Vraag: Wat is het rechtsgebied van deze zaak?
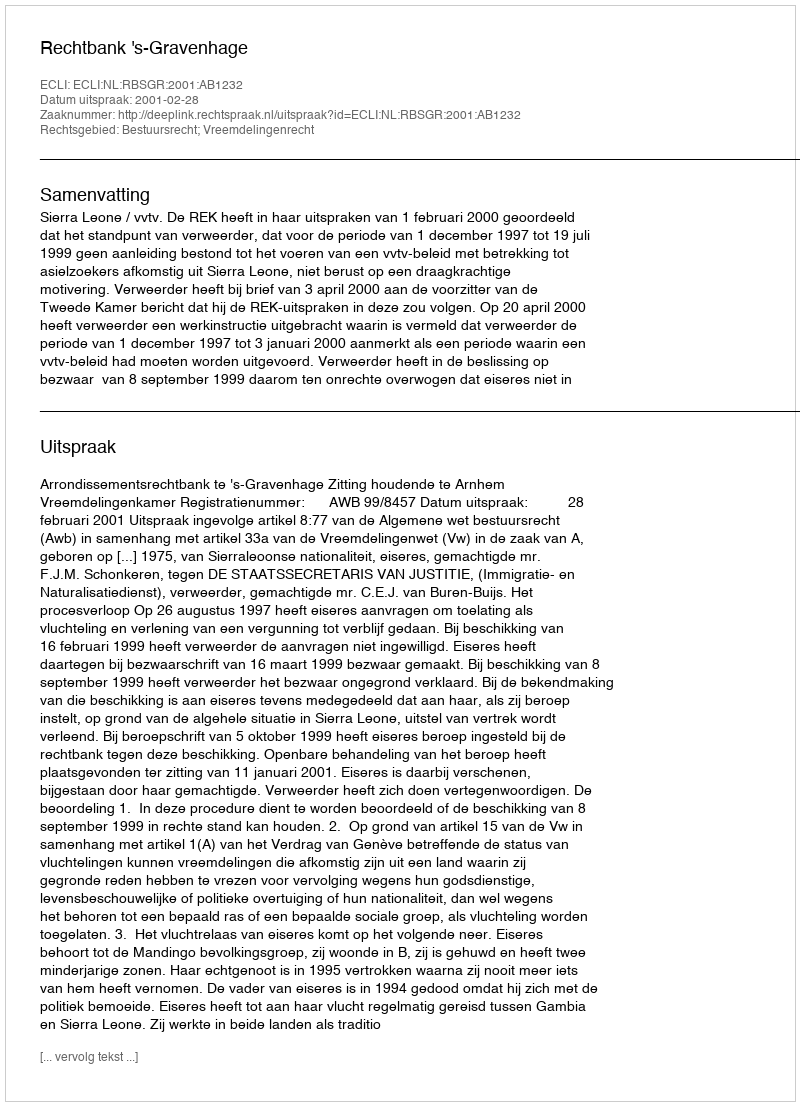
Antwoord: Bestuursrecht; Vreemdelingenrecht